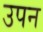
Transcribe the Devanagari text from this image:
उपन